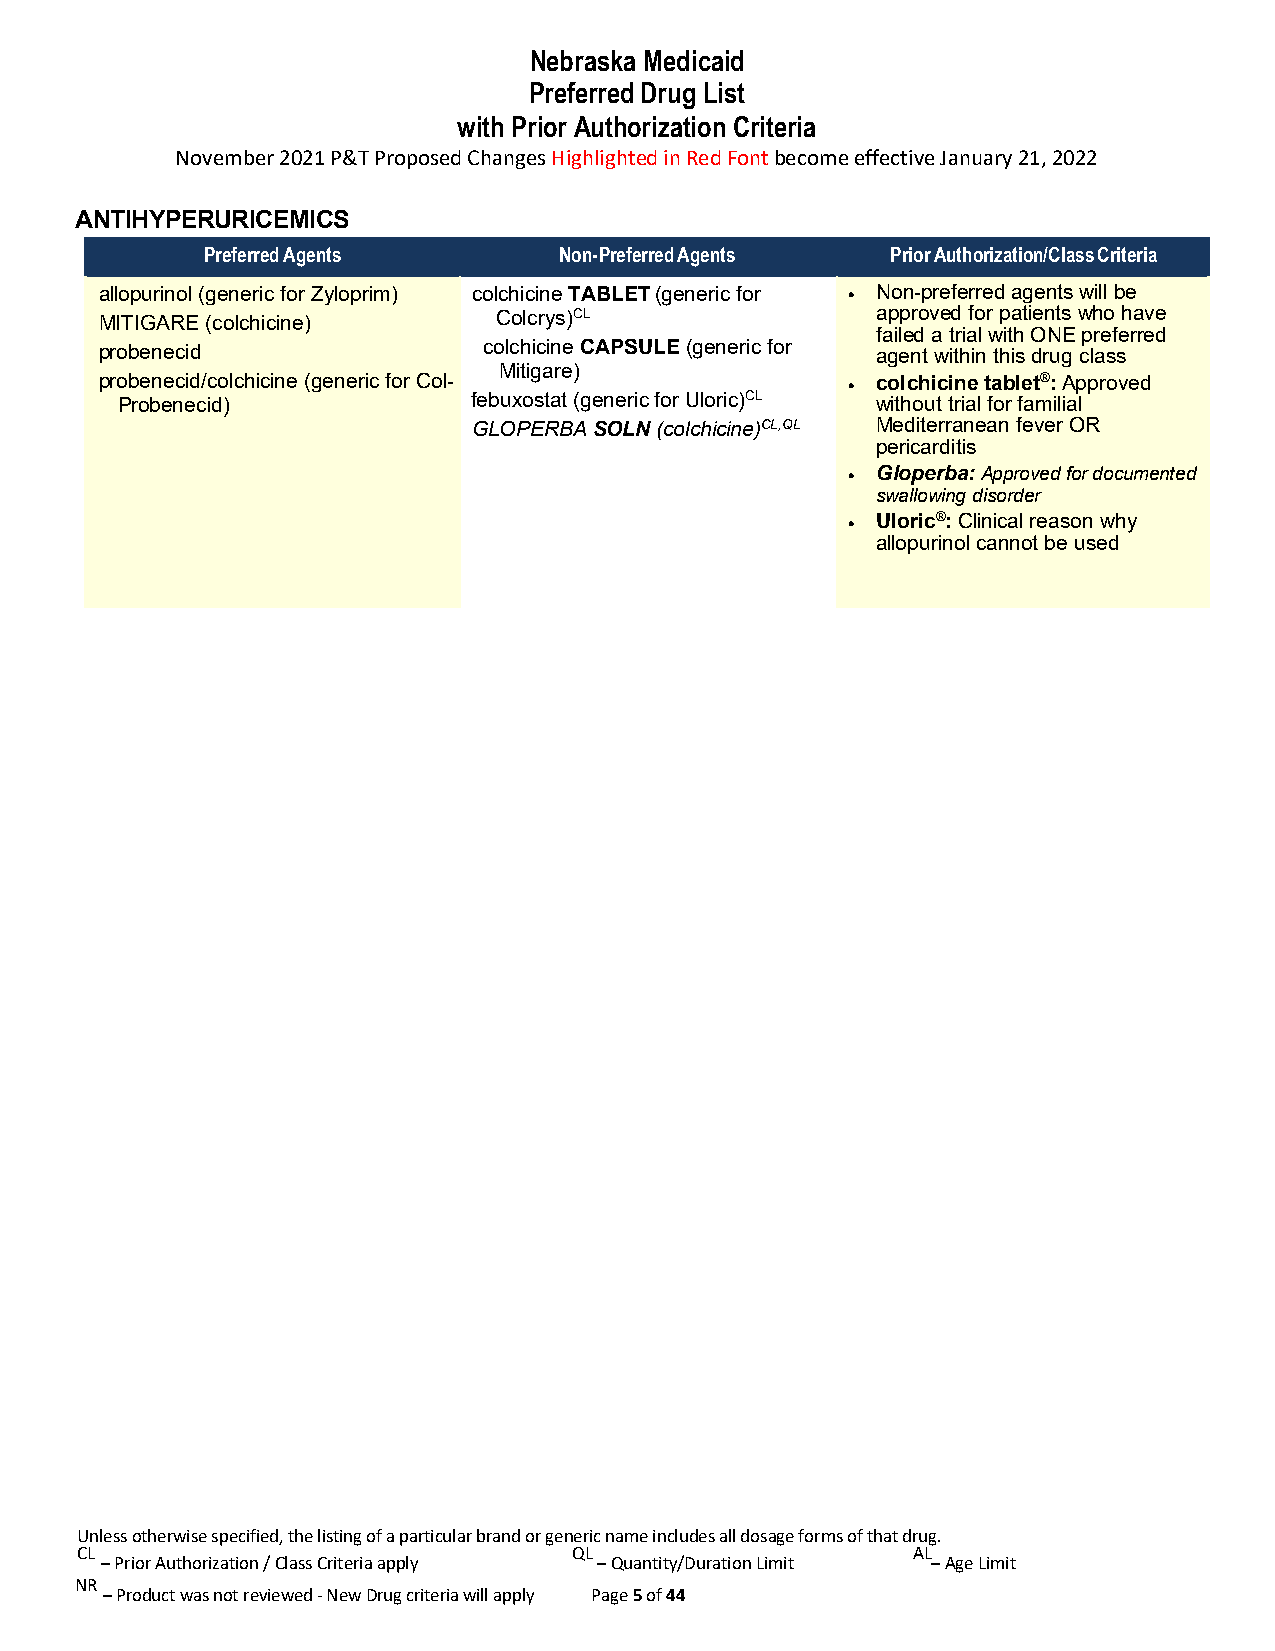
Nebraska Medicaid
 Preferred Drug List
 with Prior Authorization Criteria
 November 2021 P&T Proposed Changes Highlighted in Red Font become effective January 21, 2022
 ANTIHYPERURICEMICS
 Preferred Agents        Non-Preferred Agents  Prior Authorization/Class Criteria
 allopurinol (generic for Zyloprim) colchicine TABLET (generic for • Non-preferred agents will be
 MITIGARE (colchicine)
 Colcrys)CL               approved for patients who have
 failed a trial with ONE preferred
 probenecid               colchicine CAPSULE (generic for agent within this drug class
 Mitigare)
 probenecid/colchicine (generic for Col-          • colchicine tablet®: Approved
 Probenecid)            febuxostat (generic for Uloric)CL without trial for familial
 GLOPERBA SOLN (colchicine)CL,QL Mediterranean fever OR
 pericarditis
 • Gloperba: Approved for documented
 swallowing disorder
 • Uloric®: Clinical reason why
 allopurinol cannot be used
 Unless otherwise specified, the listing of a particular brand or generic name includes all dosage forms of that drug.
 CL                               QL                    AL
 – Prior Authorization / Class Criteria apply – Quantity/Duration Limit – Age Limit
 NR
 – Product was not reviewed - New Drug criteria will apply Page 5 of 44